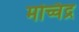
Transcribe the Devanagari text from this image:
मच्चिंद्र